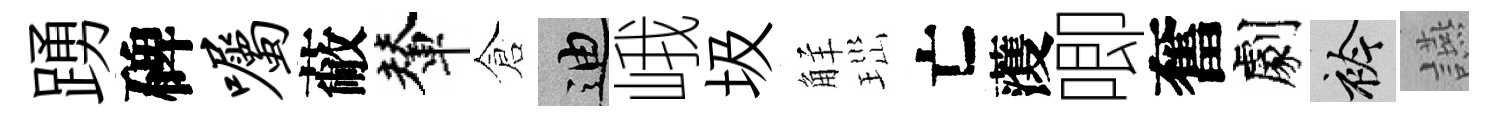
踴碑嘱蔽輦倉迪峨圾觧𤤼亡𮑮唧奮劇衿讌